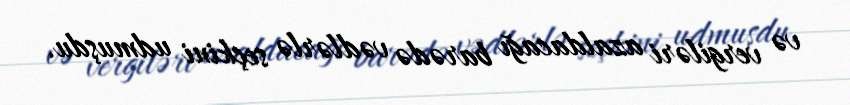
və vergiləri azaldacağı barədə vədlərlə seçkini udmuşdu.